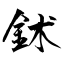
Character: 鉥